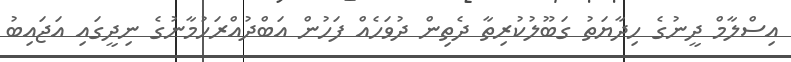
އިސްލާމް ދީނުގެ ހިދާޔަތު ގަބޫލުކުރިތާ ދެތިން ދުވަހެއް ފަހުން އަބްދުއްރަހުމާނުގެ ނިދީގައި އަޖައިބު